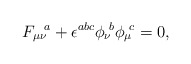
\begin{align*}{F_{\mu\nu}}\!^a + \epsilon^{abc} {\phi_\nu}\!^b {\phi_\mu}\!^c = 0 ,\end{align*}